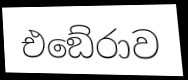
එඞේරාව